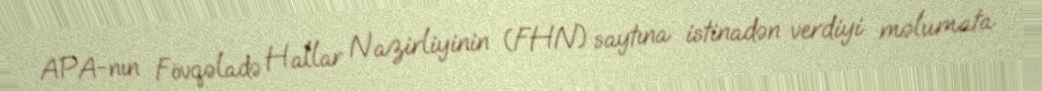
APA-nın Fövqəladə Hallar Nazirliyinin (FHN) saytına istinadən verdiyi məlumata